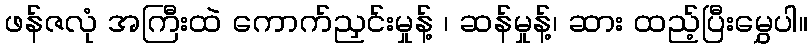
ဖန်ဇလုံ အကြီးထဲ ကောက်ညှင်းမှုန့် ၊ ဆန်မှုန့်၊ ဆား ထည့်ပြီးမွှေပါ။